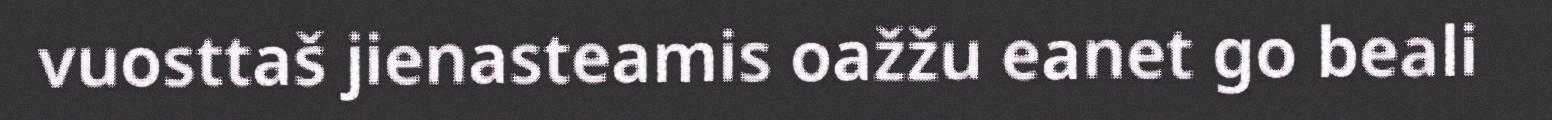
vuosttaš jienasteamis oažžu eanet go beali